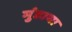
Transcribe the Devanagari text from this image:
मुंडाया